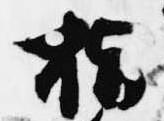
指